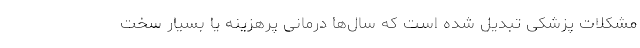
مشکلات پزشکی تبدیل شده است که سال‌ها درمانی پرهزینه یا بسیار سخت